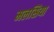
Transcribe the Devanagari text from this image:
मलसिया